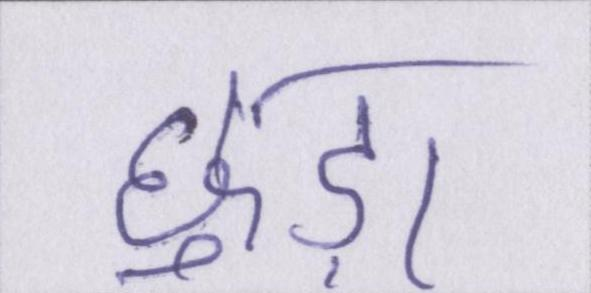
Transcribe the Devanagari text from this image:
छुड़ा